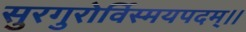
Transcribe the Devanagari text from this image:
सुरगुरोर्विस्मयपदम्।।